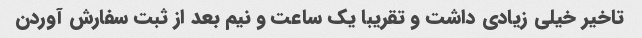
تاخیر خیلی زیادی داشت و تقریبا یک ساعت و نیم بعد از ثبت سفارش آوردن